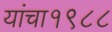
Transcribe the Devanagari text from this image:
यांचा१९८८